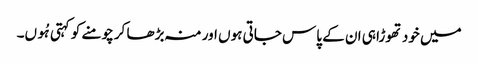
میں خود تھوڑا ہی ان کے پاس جاتی ہوں اور منہ بڑھا کر چومنے کو کہتی ہُوں۔